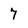
Character: 7